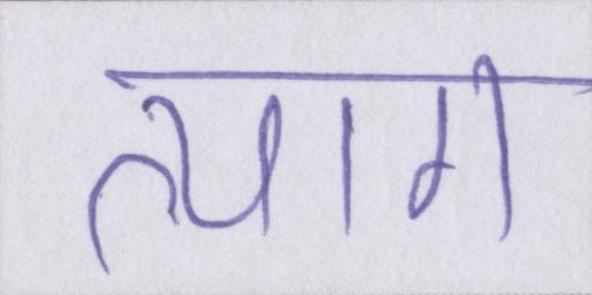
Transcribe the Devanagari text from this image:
त्याग